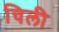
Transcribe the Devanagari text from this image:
चिली